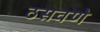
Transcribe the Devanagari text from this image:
ठसवणे